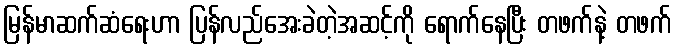
မြန်မာဆက်ဆံရေးဟာ ပြန်လည်အေးခဲတဲ့အဆင့်ကို ရောက်နေပြီး တဖက်နဲ့ တဖက်